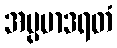
အပ္ပမာဒရတံ